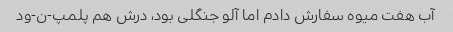
آب هفت میوه سفارش دادم اما آلو جنگلی بود، درش هم پلمپ-ن-ود